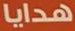
هدايا